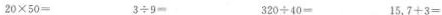
$$2 0 \times 5 0 =$$ $$3 \div 9 =$$ $$3 2 0 \div 4 0 =$$ $$1 5 . 7 + 3 =$$